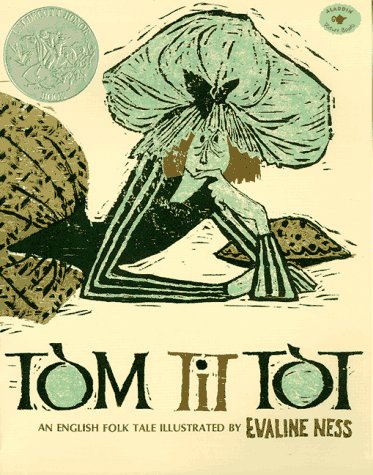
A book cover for Tom Tit Tot (Aladdin Picture Books); Evaline Ness; Children's Books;